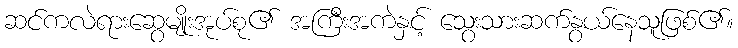
ဆင်ကလဲရားဆွေမျိုးအုပ်စု၏ အကြီးအကဲနှင့် သွေးသားဆက်နွယ်နေသူဖြစ်၏။